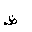
Letter: _za